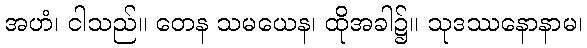
အဟံ၊ ငါသည်။ တေန သမယေန၊ ထိုအခါ၌။ သုဒဿနောနာမ၊